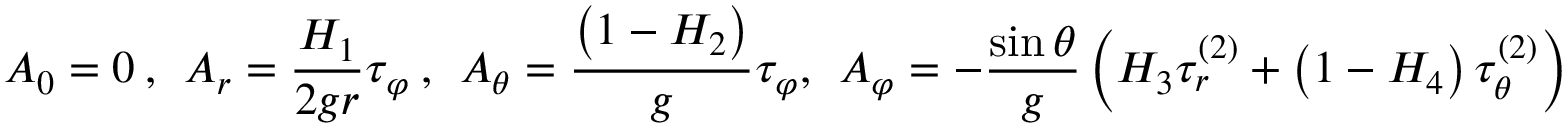
A _ { 0 } = 0 \ , \ \ A _ { r } = \frac { H _ { 1 } } { 2 g r } \tau _ { \varphi } \ , \ \ A _ { \theta } = \frac { \left( 1 - H _ { 2 } \right) } { g } \tau _ { \varphi } , \ \ A _ { \varphi } = - \frac { \sin \theta } { g } \left( H _ { 3 } \tau _ { r } ^ { ( 2 ) } + \left( 1 - H _ { 4 } \right) \tau _ { \theta } ^ { ( 2 ) } \right) \ \ ,